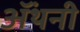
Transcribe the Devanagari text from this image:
ॲंथनी